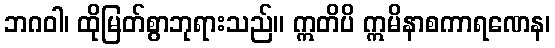
ဘဂဝါ၊ ထိုမြတ်စွာဘုရားသည်။ ဣတိပိ ဣမိနာစကာရဏေန၊